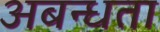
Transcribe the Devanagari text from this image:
अबन्धता